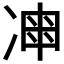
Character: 𠗩